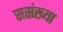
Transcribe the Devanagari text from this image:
ससंख्या